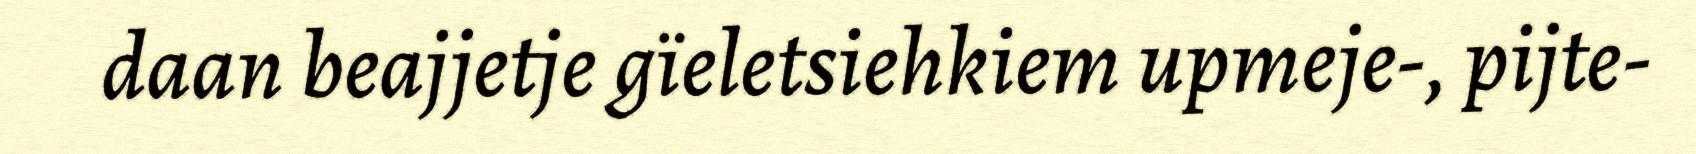
daan beajjetje gïeletsiehkiem upmeje-, pijte-